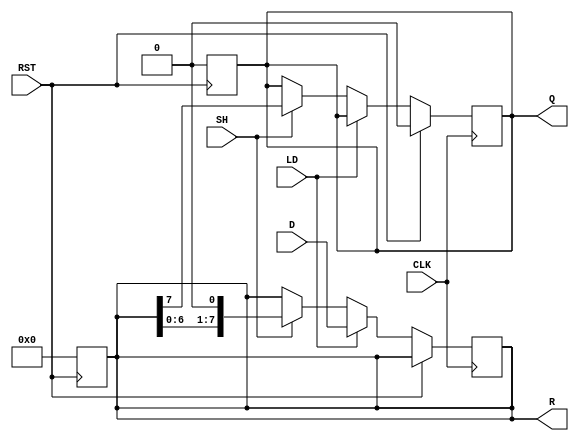
module piso_register (
    input wire [7:0] D,      // 8-bit parallel data input
    input wire LD,           // Load control signal
    input wire SH,           // Shift control signal
    input wire CLK,          // Clock signal
    input wire RST,          // Asynchronous reset signal
    output reg Q,            // Serial output
    output reg [7:0] R       // Register state (current state of the register)
);

    // Asynchronous reset
    always @(posedge RST) begin
        R <= 8'b00000000; // Clear register state
        Q <= 1'b0;        // Clear serial output
    end

    // Main operation: loading and shifting
    always @(posedge CLK) begin
        if (RST) begin
            // R is already cleared by asynchronous reset
            Q <= 1'b0; // Ensure Q is cleared
        end else begin
            if (LD) begin
                // Load the data into the register
                R <= D; // Load the parallel data
            end else if (SH) begin
                // Shift the register contents
                Q <= R[7]; // Shift out the MSB to Q
                R <= {R[6:0], 1'b0}; // Shift left and zero-fill LSB
            end
            // If neither LD nor SH, keep the current state
        end
    end

endmodule